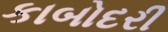
કાબોદરી